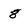
Character: 8